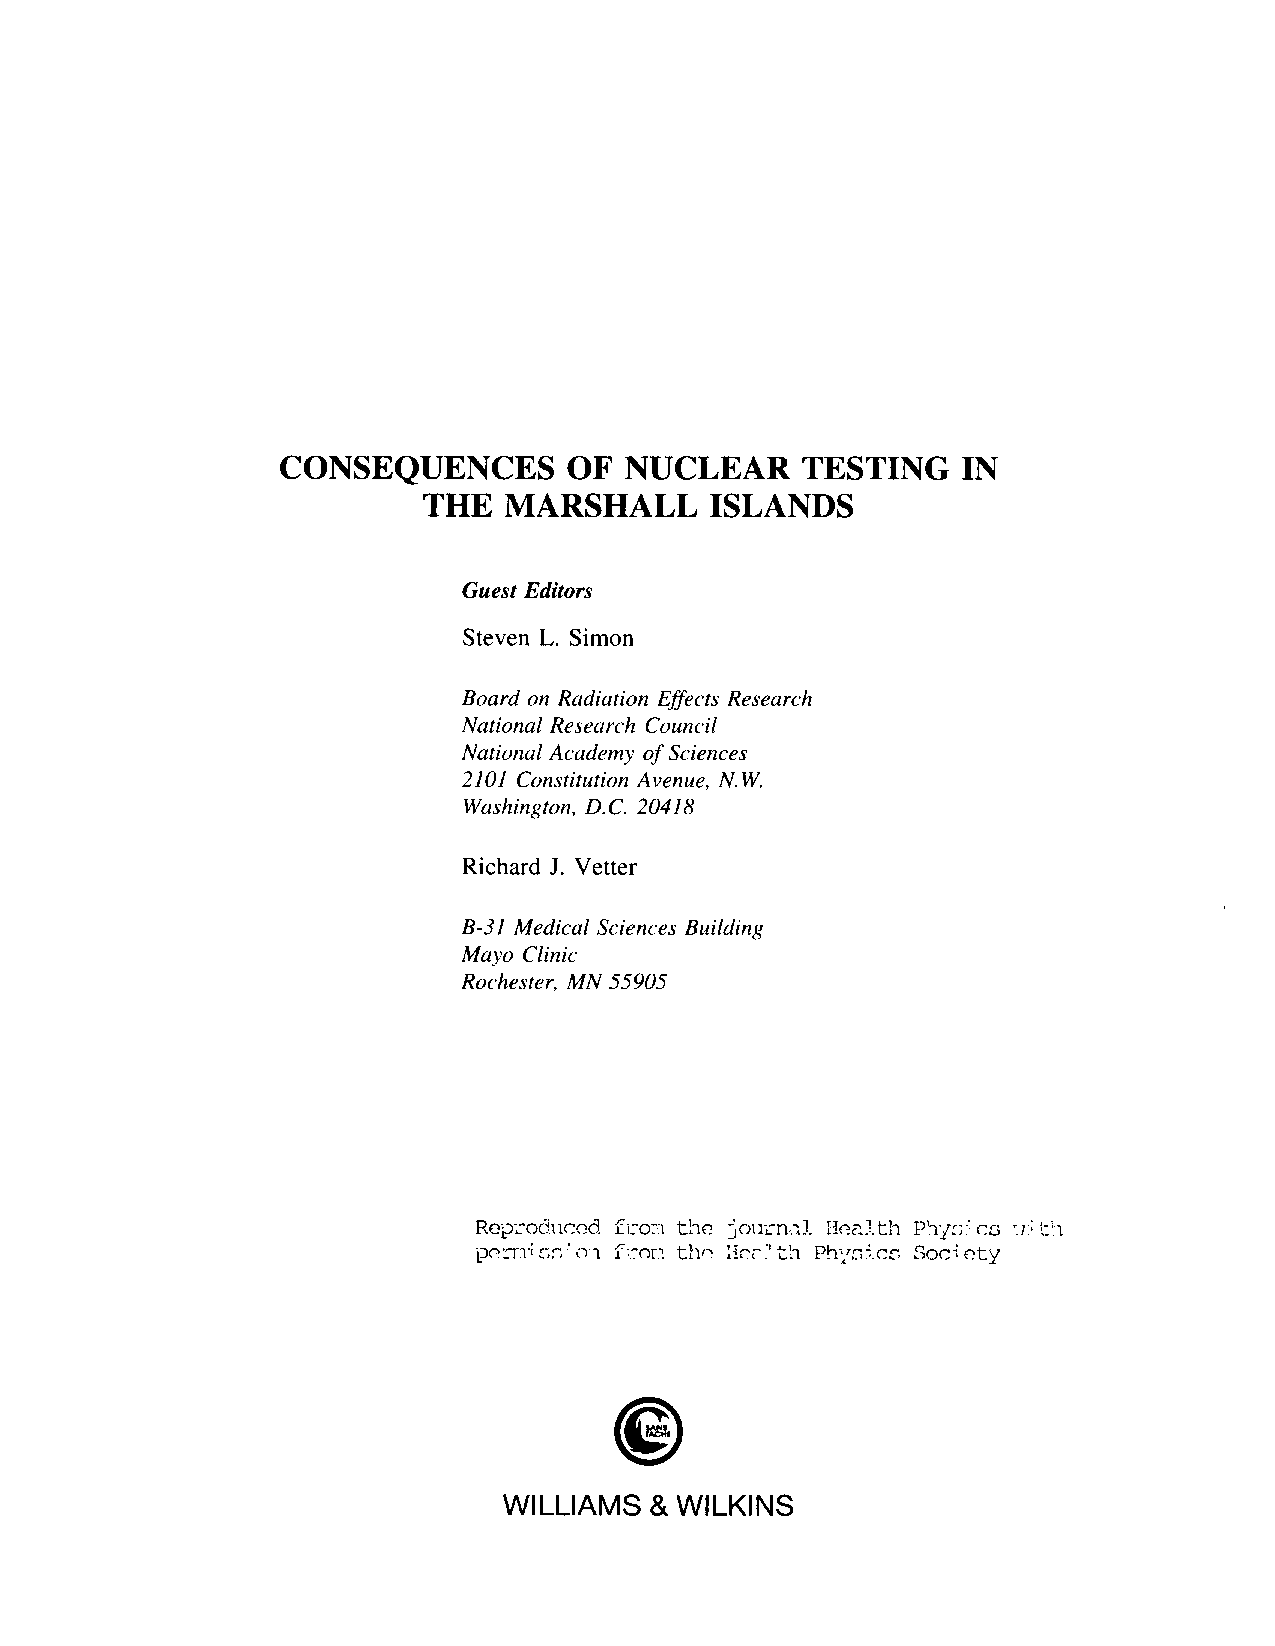
CONSEQUENCES       OF NUCLEAR     TESTING    IN
 THE  MARSHALL      ISLANDS
 Guest Editors
 Steven L. Simon
 Board on Radiation Eflects Research
 National Research Council
 National Academy of Sciences
 2101 Constitution Avenue, N.W.
 Washington, D.C. 20418
 Richard J. Vetter
 B-31 Medical Sciences Building
 Mayo Clinic
 Rochester, MN 55905
 WILLIAMS  & WILKINS